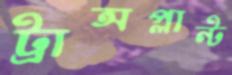
ট্রান্সপ্লান্ট